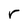
Character: r